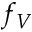
f _ { V }